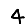
Digit: 4